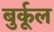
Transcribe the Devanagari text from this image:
बुर्कूल